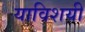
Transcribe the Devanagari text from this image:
याविशयी